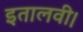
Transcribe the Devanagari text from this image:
इतालवी।